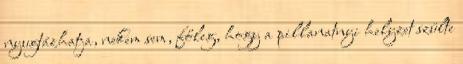
nyugtázhatja, nekem sem, főleg, hogy a pillanatnyi helyzet szülte